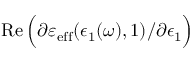
\operatorname { R e } \Big ( \partial \varepsilon _ { \mathrm { e f f } } ( \epsilon _ { 1 } ( \omega ) , 1 ) / \partial \epsilon _ { 1 } \Big )